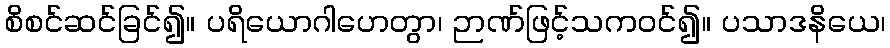
စိစင်ဆင်ခြင်၍။ ပရိယောဂါဟေတွာ၊ ဉာဏ်ဖြင့်သကဝင်၍။ ပသာဒနိယေ၊